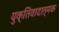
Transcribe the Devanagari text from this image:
युक्तिवादात्मक